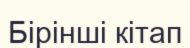
Бірінші кітап